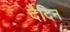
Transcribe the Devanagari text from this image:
दैदिन